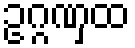
ဥဂ္ဂဏှထ